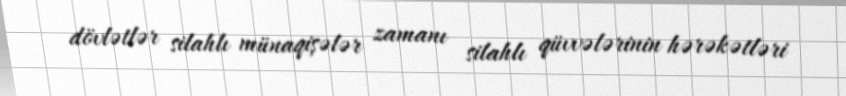
dövlətlər silahlı münaqişələr zamanı silahlı qüvvələrinin hərəkətləri